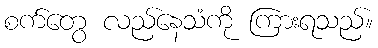
စက်တွေ လည်နေသံကို ကြားရသည်။